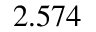
2 . 5 7 4